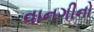
વાનગીનો